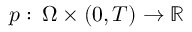
p : \, \Omega \times ( 0 , T ) \to \mathbb R